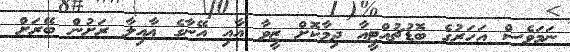
ނަމަވެސް އަހަރުގެ ބޮޑުޗުއްޓީއާ ދިމާކޮށް ޒީވާ އާއި އޭނާގެ ޢާއިލާ ރަށުން ބޭރަށް